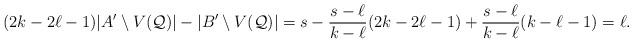
LaTeX: \begin{align*}(2k-2\ell-1)|A'\setminus V(\mathcal Q)| - |B'\setminus V(\mathcal Q)|=s - \frac{s-\ell}{k-\ell}(2k-2\ell-1) + \frac{s-\ell}{k-\ell}(k-\ell-1) =\ell.\end{align*}